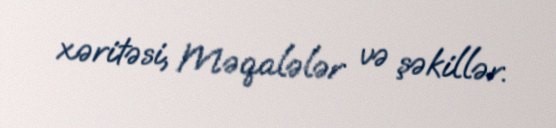
xəritəsi, Məqalələr və şəkillər.